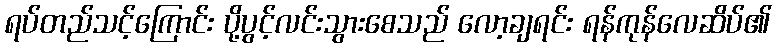
ရပ်တည်သင့်ကြောင်း ပို့ပွင့်လင်းသွားစေသည် လော့ချရင်း ရန်ကုန်လေဆိပ်၏